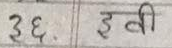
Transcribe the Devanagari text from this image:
३६ इवी